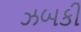
ઝબકી